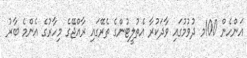
އަންހެން 100މ ދުވުމުގައި ވާދަކުރާ އެތުލީޓުންގެ ތެރޭގައި ރާއްޖޭގެ މިހާރުގެ އެންމެ ބާރު